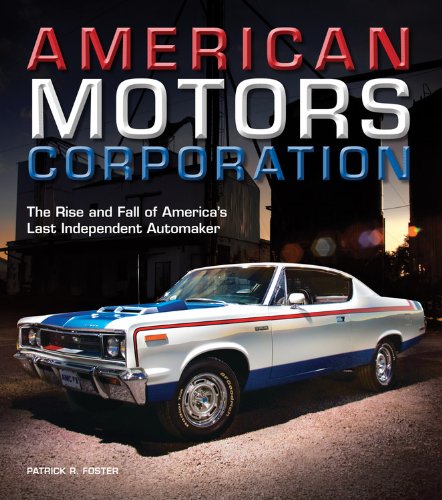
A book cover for American Motors Corporation: The Rise and Fall of America's Last Independent Automaker; Patrick R. Foster; Engineering & Transportation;